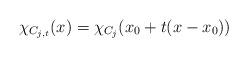
LaTeX: \begin{align*} \chi_{C_{j,t}}(x) = \chi_{C_j}(x_0 + t(x-x_0))\end{align*}